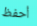
أحفظ